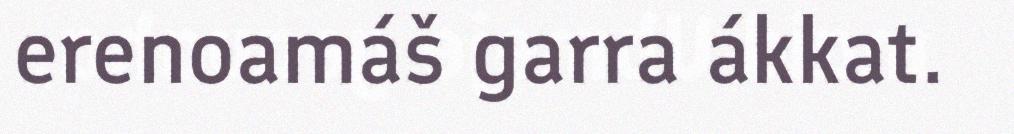
erenoamáš garra ákkat.